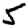
Digit: 5